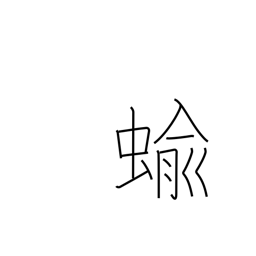
Meaning: slug